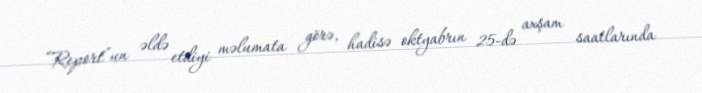
“Report”un əldə etdiyi məlumata görə, hadisə oktyabrın 25-də axşam saatlarında